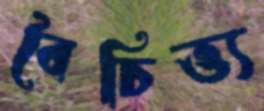
বৈচিত্ত্য